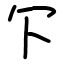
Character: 㓀